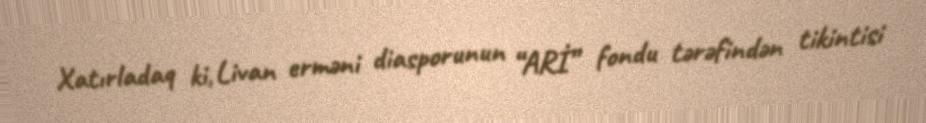
Xatırladaq ki, Livan erməni diasporunun “ARİ” fondu tərəfindən tikintisi